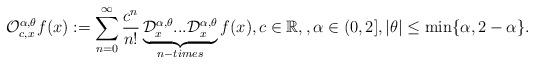
LaTeX: \begin{align*}\mathcal{O}_{c,x}^{\alpha ,\theta }f(x):=\sum_{n=0}^{\infty }\frac{c^{n}}{n!}\underbrace{\mathcal{D}_{x}^{\alpha ,\theta }...\mathcal{D}_{x}^{\alpha,\theta }}_{n-times}f(x),c\in \mathbb{R},,\alpha \in(0,2],|\theta |\leq \min \{\alpha ,2-\alpha \}. \end{align*}